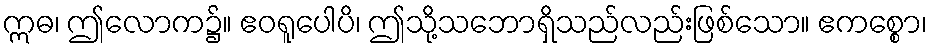
ဣဓ၊ ဤလောက၌။ ဧဝရူပေါပိ၊ ဤသို့သဘောရှိသည်လည်းဖြစ်သော။ ဧကစ္စော၊